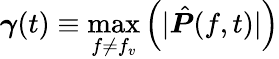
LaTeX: \boldsymbol{\gamma}(t)\equiv\underset{f\neq f_{v}}{\operatorname*{max}}\left(|\hat{\boldsymbol{P}}(f,t)|\right)